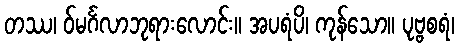
တဿ၊ ဝ်မင်္ဂလာဘုရားလောင်း။ အပရံပိ၊ ကုန်သော။ ပုဗ္ဗစရံ၊